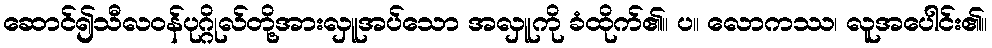
ဆောင်၍သီလဝန်ပုဂ္ဂိုလ်တို့အားလှူအပ်သော အလှူကို ခံထိုက်၏။ ပ။ လောကဿ၊ လူအပေါင်း၏။